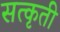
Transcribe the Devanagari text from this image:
सत्कृती